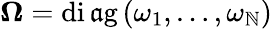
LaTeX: \boldsymbol{\Omega}=\operatorname{di\mathfrak{a}g}\left(\omega_{1},\ldots,\omega_{\mathbb{N}}\right)